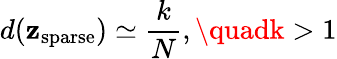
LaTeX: d(\mathbf{z}_{\mathrm{{sparse}}})\simeq\frac{{k}}{{N}},\quadk>1